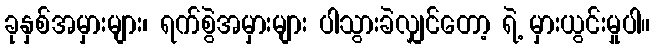
ခုနှစ်အမှားများ၊ ရက်စွဲအမှားများ ပါသွားခဲလျှင်တော့ ရဲ့ မှားယွင်းမှုပါ။